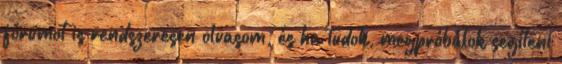
fórumot is rendszeresen olvasom, és ha tudok, megpróbálok segíteni